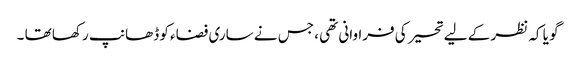
گو یا کہ نظر کے لیے تحیر کی فراوانی تھی ، جس نے ساری فضاء کو ڈھانپ رکھا تھا ۔